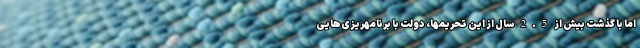
اما با گذشت بیش از 2.5 سال از این تحریمها، دولت با برنامهریزی‌هایی